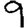
Digit: 9